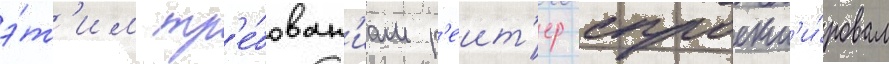
э́т'им тр'е́бован'иам р'еит'ер спроект'и́ровал